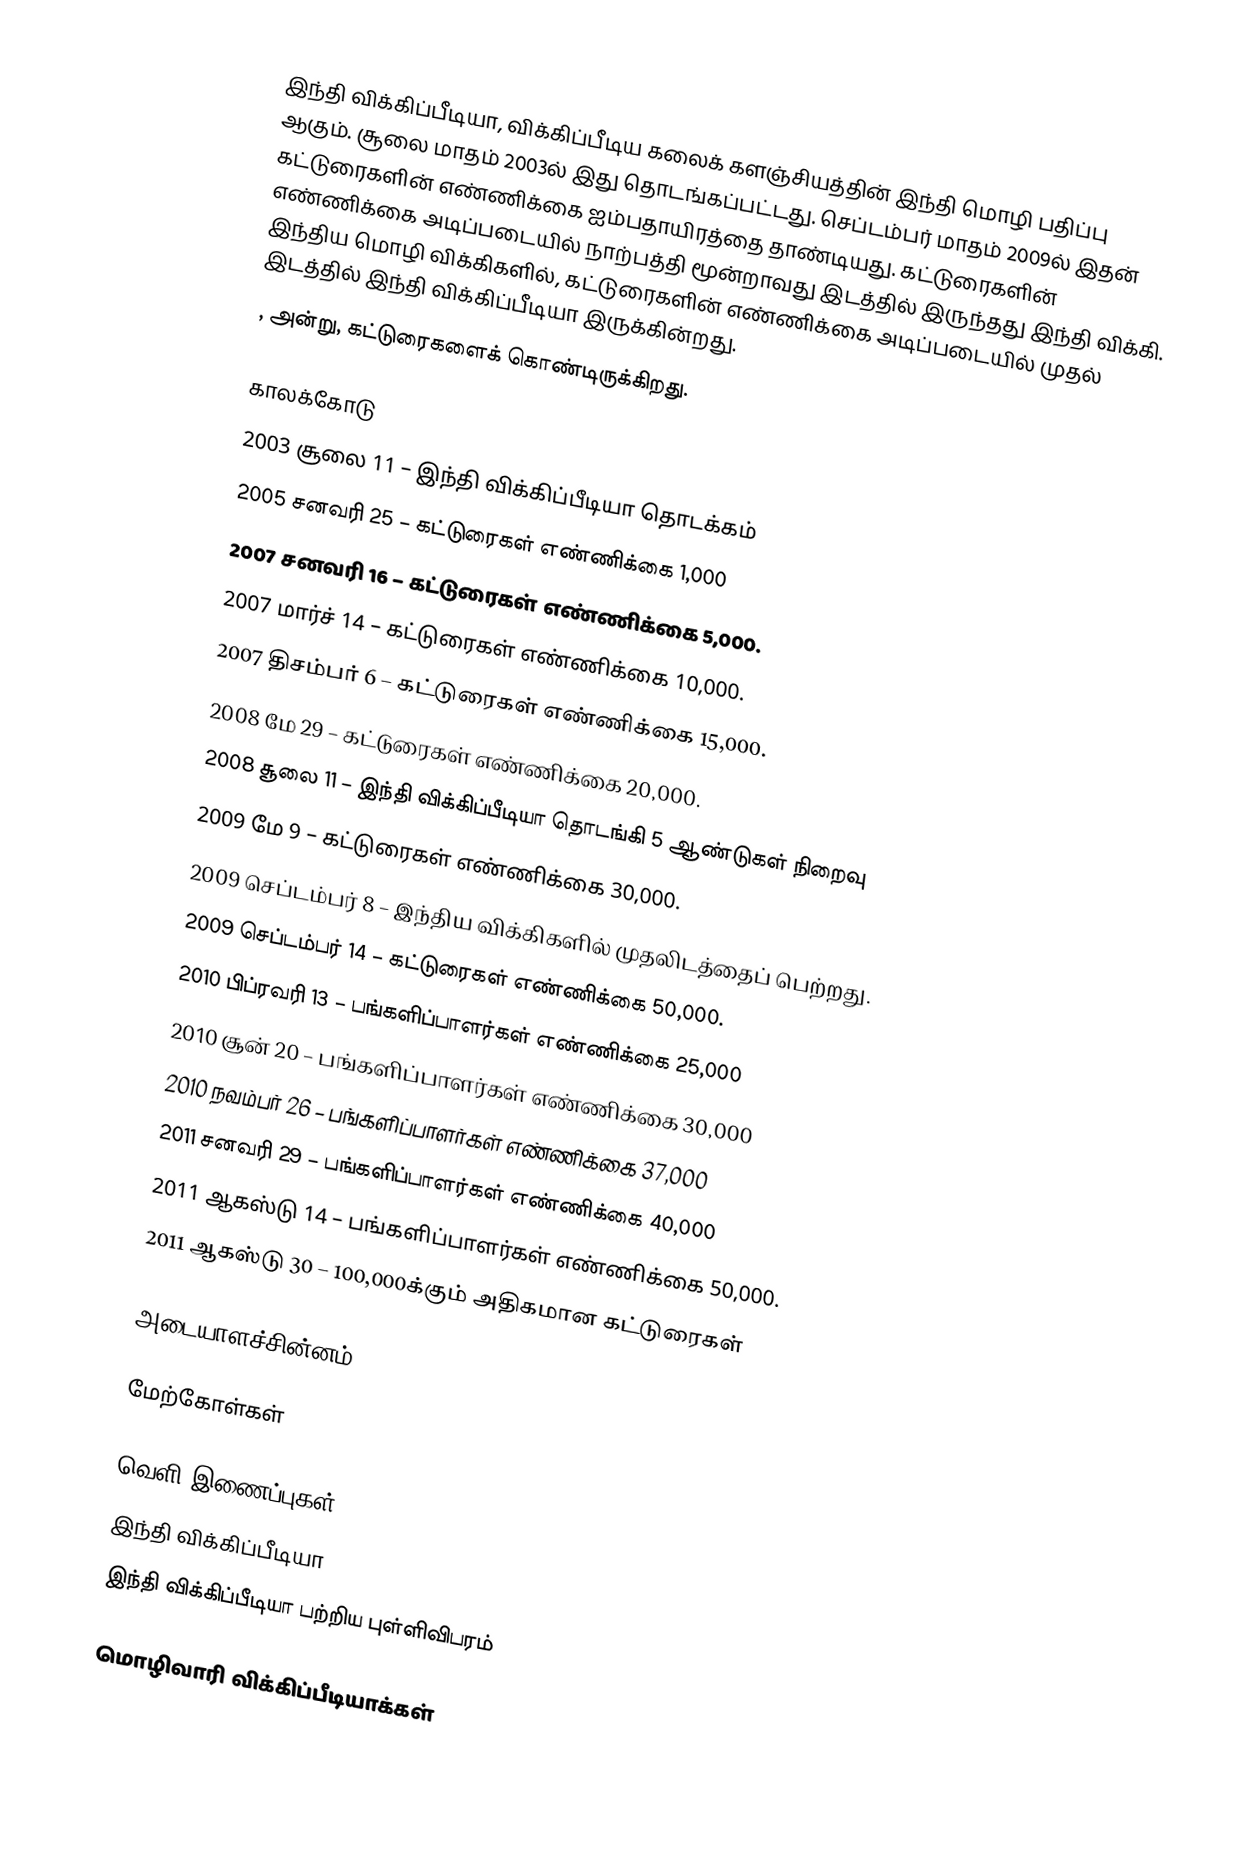
இந்தி விக்கிப்பீடியா, விக்கிப்பீடிய கலைக் களஞ்சியத்தின் இந்தி மொழி பதிப்பு ஆகும். சூலை மாதம் 2003ல் இது தொடங்கப்பட்டது. செப்டம்பர் மாதம் 2009ல் இதன் கட்டுரைகளின் எண்ணிக்கை ஐம்பதாயிரத்தை தாண்டியது. கட்டுரைகளின் எண்ணிக்கை அடிப்படையில் நாற்பத்தி மூன்றாவது இடத்தில் இருந்தது இந்தி விக்கி. இந்திய மொழி விக்கிகளில், கட்டுரைகளின் எண்ணிக்கை அடிப்படையில் முதல் இடத்தில் இந்தி விக்கிப்பீடியா இருக்கின்றது.
 ,  அன்று,  கட்டுரைகளைக் கொண்டிருக்கிறது.

காலக்கோடு
 2003 சூலை 11 – இந்தி விக்கிப்பீடியா தொடக்கம்
 2005 சனவரி 25 – கட்டுரைகள் எண்ணிக்கை 1,000
 2007 சனவரி 16 – கட்டுரைகள் எண்ணிக்கை 5,000.
 2007 மார்ச் 14 – கட்டுரைகள் எண்ணிக்கை 10,000.
 2007 திசம்பர் 6 – கட்டுரைகள் எண்ணிக்கை 15,000.
 2008 மே 29 – கட்டுரைகள் எண்ணிக்கை 20,000.
 2008 சூலை 11 – இந்தி விக்கிப்பீடியா தொடங்கி 5 ஆண்டுகள் நிறைவு
 2009 மே 9 – கட்டுரைகள் எண்ணிக்கை 30,000.
 2009 செப்டம்பர் 8 – இந்திய விக்கிகளில் முதலிடத்தைப் பெற்றது.
 2009 செப்டம்பர் 14 – கட்டுரைகள் எண்ணிக்கை 50,000.
 2010 பிப்ரவரி 13 – பங்களிப்பாளர்கள் எண்ணிக்கை 25,000
 2010 சூன் 20 – பங்களிப்பாளர்கள் எண்ணிக்கை 30,000
 2010 நவம்பர் 26 – பங்களிப்பாளர்கள் எண்ணிக்கை 37,000
 2011 சனவரி 29 – பங்களிப்பாளர்கள் எண்ணிக்கை  40,000
 2011 ஆகஸ்டு 14 – பங்களிப்பாளர்கள் எண்ணிக்கை 50,000.
 2011 ஆகஸ்டு 30 – 100,000க்கும் அதிகமான கட்டுரைகள்

அடையாளச்சின்னம்

மேற்கோள்கள்

வெளி இணைப்புகள்
இந்தி விக்கிப்பீடியா
இந்தி விக்கிப்பீடியா பற்றிய புள்ளிவிபரம்

மொழிவாரி விக்கிப்பீடியாக்கள்